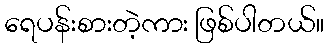
ရေပန်းစားတဲ့ကား ဖြစ်ပါတယ်။